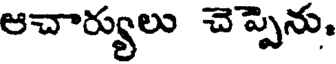
ఆచార్యులు చెప్పెను,